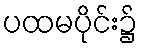
ပထမပိုင်း၌